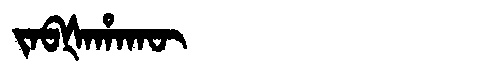
Manchu: ᠵᠠᠪᡧᠠᡥᠠᡴᡡ
Romanization: JABŠAHAKŪ